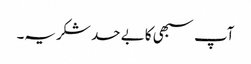
آپ سبھی کا بے حد شکریہ۔